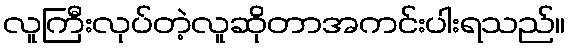
လူကြီးလုပ်တဲ့လူဆိုတာအကင်းပါးရသည်။